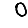
Digit: 0